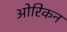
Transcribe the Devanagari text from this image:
ओरिकन